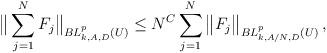
LaTeX: \begin{align*} \big\| \sum_{j=1}^N F_j \big\|_{BL^p_{k, A, D}(U)}\leq N^C \sum_{j=1}^N \big\| F_j \big\|_{BL^p_{k,A/N,D}(U)}\,,\end{align*}